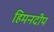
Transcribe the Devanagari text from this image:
हिमनदीप